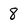
Character: 8